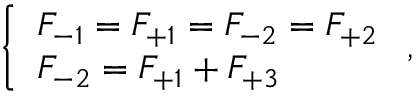
\left\{ \begin{array} { l l } { F _ { - 1 } = F _ { + 1 } = F _ { - 2 } = F _ { + 2 } } \\ { F _ { - 2 } = F _ { + 1 } + F _ { + 3 } } \end{array} \right. ,